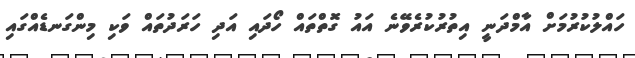
ހައްލުކުރުމަށް އާމްދަނީ އިތުރުކުރެވޭނެ އައު ގޮތްތައް ހޯދައި އަދި ހަރަދުތައް ވަކި މިންގަނޑެއްގައި